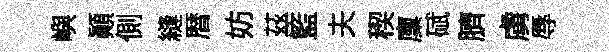
嶼顛側縫暦妨茲籃夫稧廩碔臍虜辱